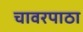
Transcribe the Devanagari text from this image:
चावरपाठा